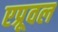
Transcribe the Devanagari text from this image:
एप्रूवल